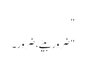
"
"ضرور بیٹے، ضرور۔